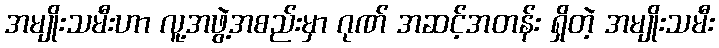
အမျိုးသမီးဟာ လူ့အဖွဲ့အစည်းမှာ ဂုဏ် အဆင့်အတန်း ရှိတဲ့ အမျိုးသမီး